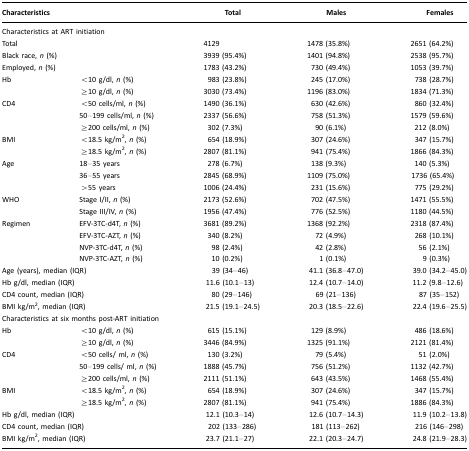
<table><thead><tr><td colspan="2"><b>Characteristics</b></td><td><b>Total</b></td><td><b>Males</b></td><td><b>Females</b></td></tr></thead><tbody><tr><td colspan="4">Characteristics at ART initiation</td><td></td></tr><tr><td colspan="2">Total</td><td>4129</td><td>1478 (35.8%)</td><td>2651 (64.2%)</td></tr><tr><td colspan="2">Black race, <i>n</i> (%)</td><td>3939 (95.4%)</td><td>1401 (94.8%)</td><td>2538 (95.7%)</td></tr><tr><td colspan="2">Employed, <i>n</i> (%)</td><td>1783 (43.2%)</td><td>730 (49.4%)</td><td>1053 (39.7%)</td></tr><tr><td>Hb</td><td>&lt;10 g/dl, <i>n</i> (%)</td><td>983 (23.8%)</td><td>245 (17.0%)</td><td>738 (28.7%)</td></tr><tr><td></td><td>≥10 g/dl, <i>n</i> (%)</td><td>3030 (73.4%)</td><td>1196 (83.0%)</td><td>1834 (71.3%)</td></tr><tr><td>CD4</td><td>&lt;50 cells/ml, <i>n</i> (%)</td><td>1490 (36.1%)</td><td>630 (42.6%)</td><td>860 (32.4%)</td></tr><tr><td></td><td>50–199 cells/ml, <i>n</i> (%)</td><td>2337 (56.6%)</td><td>758 (51.3%)</td><td>1579 (59.6%)</td></tr><tr><td></td><td>≥200 cells/ml, <i>n</i> (%)</td><td>302 (7.3%)</td><td>90 (6.1%)</td><td>212 (8.0%)</td></tr><tr><td>BMI</td><td>&lt;18.5 kg/m<sup>2</sup>, <i>n</i> (%)</td><td>654 (18.9%)</td><td>307 (24.6%)</td><td>347 (15.7%)</td></tr><tr><td></td><td>≥18.5 kg/m<sup>2</sup>, <i>n</i> (%)</td><td>2807 (81.1%)</td><td>941 (75.4%)</td><td>1866 (84.3%)</td></tr><tr><td>Age</td><td>18–35 years</td><td>278 (6.7%)</td><td>138 (9.3%)</td><td>140 (5.3%)</td></tr><tr><td></td><td>36–55 years</td><td>2845 (68.9%)</td><td>1109 (75.0%)</td><td>1736 (65.4%)</td></tr><tr><td></td><td>&gt;55 years</td><td>1006 (24.4%)</td><td>231 (15.6%)</td><td>775 (29.2%)</td></tr><tr><td>WHO</td><td>Stage I/II, <i>n</i> (%)</td><td>2173 (52.6%)</td><td>702 (47.5%)</td><td>1471 (55.5%)</td></tr><tr><td></td><td>Stage III/IV, <i>n</i> (%)</td><td>1956 (47.4%)</td><td>776 (52.5%)</td><td>1180 (44.5%)</td></tr><tr><td>Regimen</td><td>EFV-3TC-d4T, <i>n</i> (%)</td><td>3681 (89.2%)</td><td>1368 (92.2%)</td><td>2318 (87.4%)</td></tr><tr><td></td><td>EFV-3TC-AZT, <i>n</i> (%)</td><td>340 (8.2%)</td><td>72 (4.9%)</td><td>268 (10.1%)</td></tr><tr><td></td><td>NVP-3TC-d4T, <i>n</i> (%)</td><td>98 (2.4%)</td><td>42 (2.8%)</td><td>56 (2.1%)</td></tr><tr><td></td><td>NVP-3TC-AZT, <i>n</i> (%)</td><td>10 (0.2%)</td><td>1 (0.1%)</td><td>9 (0.3%)</td></tr><tr><td colspan="2">Age (years), median (IQR)</td><td>39 (34–46)</td><td>41.1 (36.8–47.0)</td><td>39.0 (34.2–45.0)</td></tr><tr><td colspan="2">Hb g/dl, median (IQR)</td><td>11.6 (10.1–13)</td><td>12.4 (10.7–14.0)</td><td>11.2 (9.8–12.6)</td></tr><tr><td colspan="2">CD4 count, median (IQR)</td><td>80 (29–146)</td><td>69 (21–136)</td><td>87 (35–152)</td></tr><tr><td colspan="2">BMI kg/m<sup>2</sup>, median (IQR)</td><td>21.5 (19.1–24.5)</td><td>20.3 (18.5–22.6)</td><td>22.4 (19.6–25.5)</td></tr><tr><td colspan="4">Characteristics at six months post-ART initiation</td><td></td></tr><tr><td>Hb</td><td>&lt;10 g/dl, <i>n</i> (%)</td><td>615 (15.1%)</td><td>129 (8.9%)</td><td>486 (18.6%)</td></tr><tr><td></td><td>≥10 g/dl, <i>n</i> (%)</td><td>3446 (84.9%)</td><td>1325 (91.1%)</td><td>2121 (81.4%)</td></tr><tr><td>CD4</td><td>&lt;50 cells/ ml, <i>n</i> (%)</td><td>130 (3.2%)</td><td>79 (5.4%)</td><td>51 (2.0%)</td></tr><tr><td></td><td>50–199 cells/ ml, <i>n</i> (%)</td><td>1888 (45.7%)</td><td>756 (51.2%)</td><td>1132 (42.7%)</td></tr><tr><td></td><td>≥200 cells/ml, <i>n</i> (%)</td><td>2111 (51.1%)</td><td>643 (43.5%)</td><td>1468 (55.4%)</td></tr><tr><td>BMI</td><td>&lt;18.5 kg/m<sup>2</sup>, <i>n</i> (%)</td><td>654 (18.9%)</td><td>307 (24.6%)</td><td>347 (15.7%)</td></tr><tr><td></td><td>≥18.5 kg/m<sup>2</sup>, <i>n</i> (%)</td><td>2807 (81.1%)</td><td>941 (75.4%)</td><td>1886 (84.3%)</td></tr><tr><td colspan="2">Hb g/dl, median (IQR)</td><td>12.1 (10.3–14)</td><td>12.6 (10.7–14.3)</td><td>11.9 (10.2–13.8)</td></tr><tr><td colspan="2">CD4 count, median (IQR)</td><td>202 (133–286)</td><td>181 (113–262)</td><td>216 (146–298)</td></tr><tr><td colspan="2">BMI kg/m<sup>2</sup>, median (IQR)</td><td>23.7 (21.1–27)</td><td>22.1 (20.3–24.7)</td><td>24.8 (21.9–28.3)</td></tr></tbody></table>